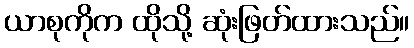
ယာစုကိုက ထိုသို့ ဆုံးဖြတ်ထားသည်။